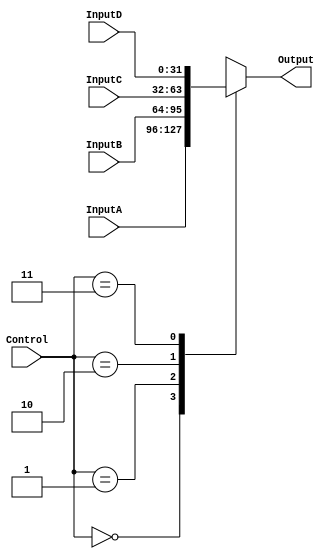
`timescale 1ns / 1ps
//////////////////////////////////////////////////////////////////////////////////
// Company: 
// Engineer: 
// 
// Design Name: 
// Module Name: Selector32_4to1
// Project Name: 
// Target Devices: 
// Tool Versions: 
// Description: 
// 
// Dependencies: 
// 
// Revision:
// Revision 0.01 - File Created
// Additional Comments:
// 
//////////////////////////////////////////////////////////////////////////////////

module Selector32_4to1(
	input wire[31:0]InputA,
	input wire[31:0]InputB,
	input wire[31:0]InputC,
	input wire[31:0]InputD,
	input wire[1:0]Control,
	output reg[31:0]Output
    );
always @(*) begin
	case (Control)
		0:Output<=InputA;
		1:Output<=InputB;
		2:Output<=InputC;
		3:Output<=InputD;
	endcase
end
endmodule